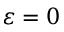
\varepsilon = 0